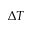
\Delta T